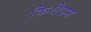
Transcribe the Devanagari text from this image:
किरीदम